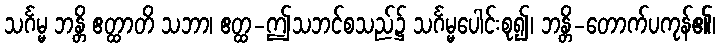
သင်္ဂမ္မ ဘန္တိ ဧတ္ထာတိ သဘာ၊ ဧတ္ထ-ဤသဘင်စသည်၌ သင်္ဂမ္မပေါင်းစု၍၊ ဘန္တိ-တောက်ပကုန်၏၊